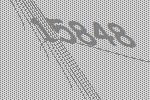
15848